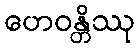
ဟေဝန္တိဿု